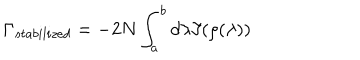
LaTeX: \Gamma _ { s t a b i l i z e d } = - 2 N \int _ { a } ^ { b } d \lambda \Im ( \rho ( \lambda ) )